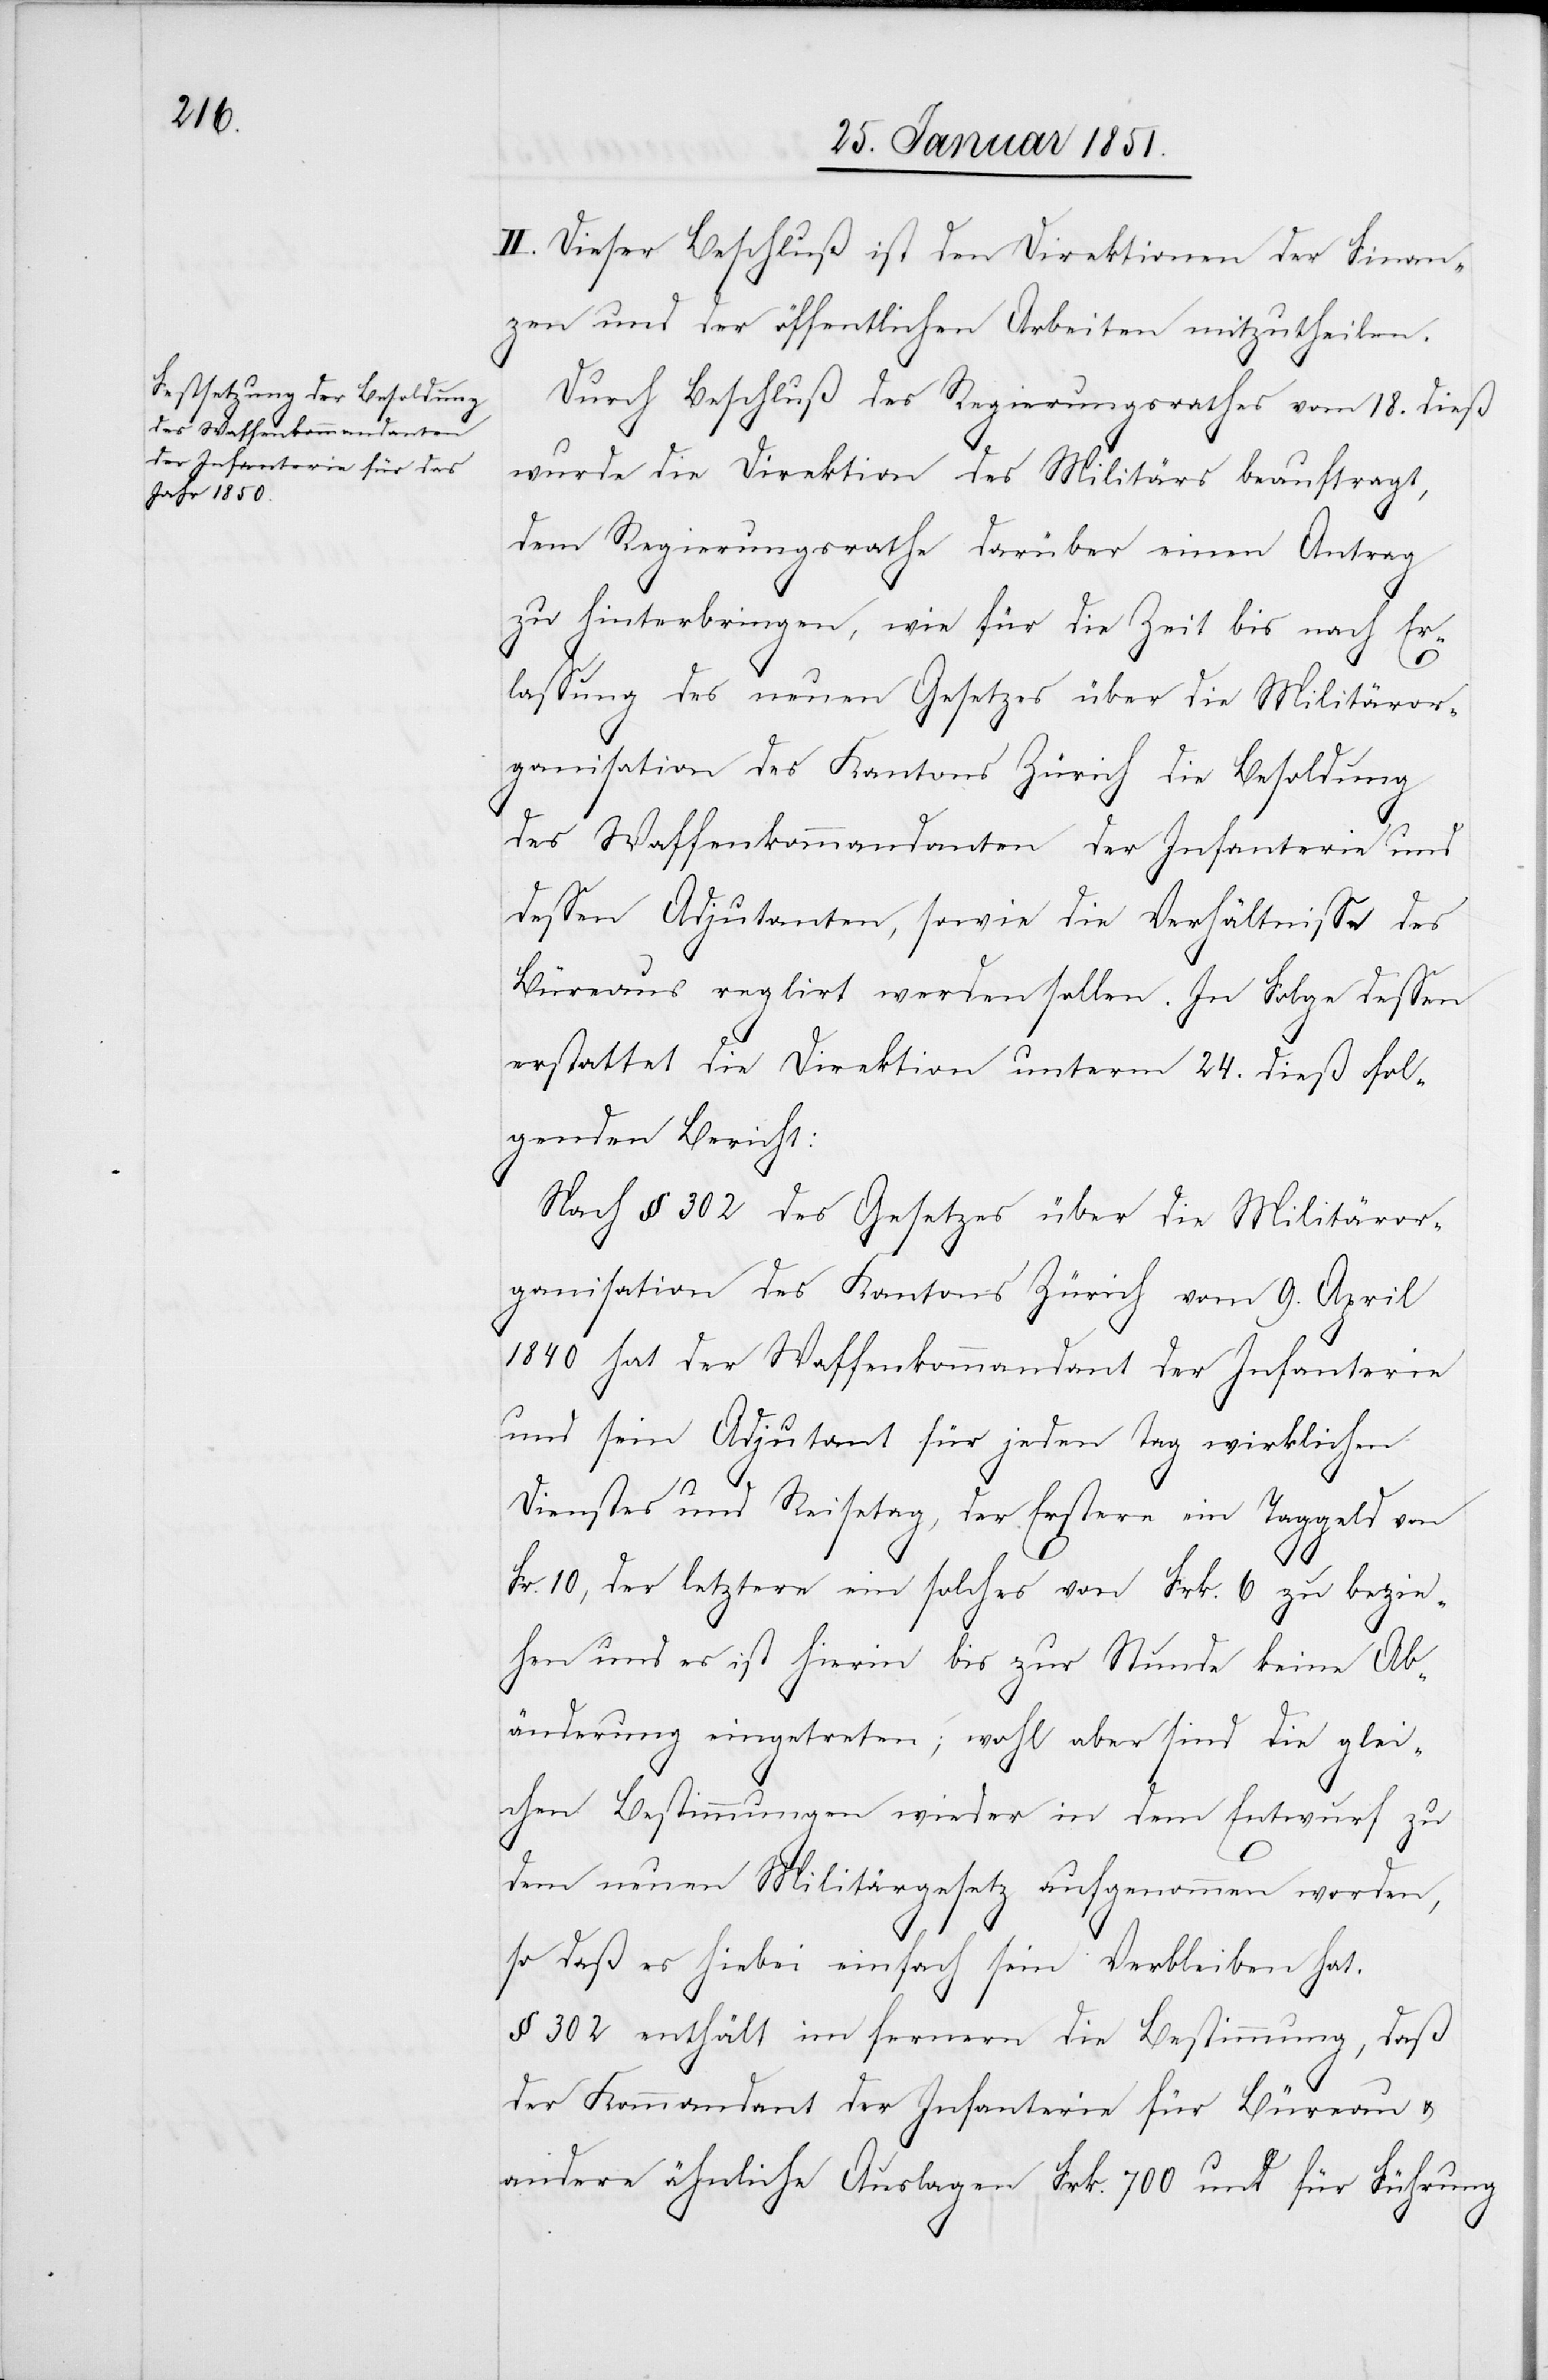
II. Dieser Beschluß ist den Direktionen der Finan¬
zen und der öffentlichen Arbeiten mitzutheilen.
Durch Beschluß des Regierungsrathes vom 18. dieß
wurde die Direktion des Militärs beauftragt,
dem Regierungsrathe darüber einen Antrag
zu hinterbringen, wie für die Zeit bis nach Er¬
lassung des neuen Gesetzes über die Militäror¬
ganisation des Kantons Zürich die Besoldung
des Waffenkommandanten der Infanterie und
dessen Adjutanten, sowie die Verhältnisse des
Büreaus reglirt werden sollen. In Folge dessen
erstattet die Direktion unterm 24. dieß fol¬
genden Bericht:
Nach § 302 des Gesetzes über die Militäror¬
ganisation des Kantons Zürich vom 9. April
1840 hat der Waffenkommandant der Infanterie
und sein Adjutant für jeden Tag wirklichen
Dienstes und Reisetag, der Erstere ein Taggeld von
Fr. 10, der letztere ein solches von Frk. 6 zu bezie¬
hen und es ist hierin bis zur Stunde keine Ab¬
änderung eingetreten; wohl aber sind die glei¬
chen Bestimmungen wieder in dem Entwurf zu
dem neuen Militärgesetz aufgenommen worden,
so daß es hiebei einfach sein Verbleiben hat.
§ 302 enthält im fernern die Bestimmung, daß
der Kommandant der Infanterie für Büreau &
andere ähnliche Auslagen Frk. 700 und für Führung